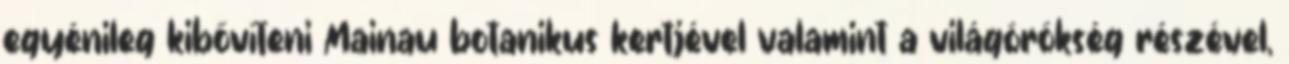
egyénileg kibővíteni Mainau botanikus kertjével valamint a világörökség részével,